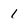
Character: 1